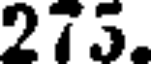
275.